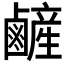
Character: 𪉺